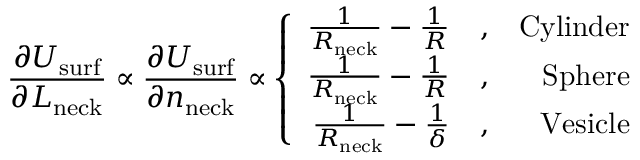
\frac { \partial U _ { \mathrm { s u r f } } } { \partial L _ { \mathrm { n e c k } } } \propto \frac { \partial U _ { \mathrm { s u r f } } } { \partial n _ { \mathrm { n e c k } } } \propto \left\{ \begin{array} { r l r } { \frac { 1 } { R _ { \mathrm { n e c k } } } - \frac { 1 } { R } } & { , } & { \mathrm { C y l i n d e r } } \\ { \frac { 1 } { R _ { \mathrm { n e c k } } } - \frac { 1 } { R } } & { , } & { \mathrm { S p h e r e } } \\ { \frac { 1 } { R _ { \mathrm { n e c k } } } - \frac { 1 } { \delta } } & { , } & { \mathrm { V e s i c l e } } \end{array} \right.